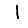
Digit: 1